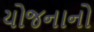
યોજનાનો